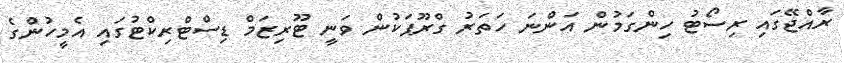
ރާއްޖޭގައި ރިސޯޓު ހިންގަމުން އަންނަ ހަތަރު ގްރޫޕަކުން ވަނީ ޓޫރިޒަމް ޑިސްޓްރިކްޓުގައި އެމީހުންގެ